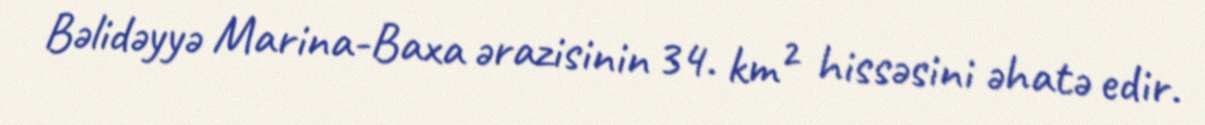
Bəlidəyyə Marina-Baxa ərazisinin 34. km² hissəsini əhatə edir.